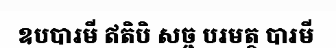
ឧបបារមី ឥតិបិ សច្ច បរមត្ថ បារមី